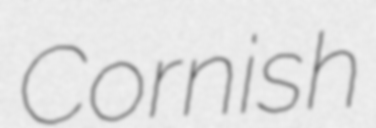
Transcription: Cornish